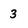
Character: 3